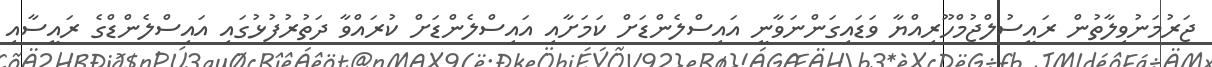
ޖަރުމަނުވިލާތުން ރައީސުލްޖުމްހޫރިއްޔާ ވަޑައިގަންނަވާނީ އައިސްލެންޑަށް ކަމަށާއި އައިސްލެންޑަށް ކުރައްވާ ދަތުރުފުޅުގައި އައިސްލެންޑްގެ ރައީސާއި